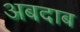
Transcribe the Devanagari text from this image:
अबदाब